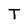
Character: T